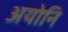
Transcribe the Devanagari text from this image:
अयोनि